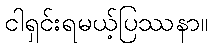
ငါရှင်းရမယ့်ပြဿနာ။